Reports on military cantonments and civil stations in the Presidency of Bombay inspected by the Sanitary Commissioner in the years 1875 and 1876
Year: 1875
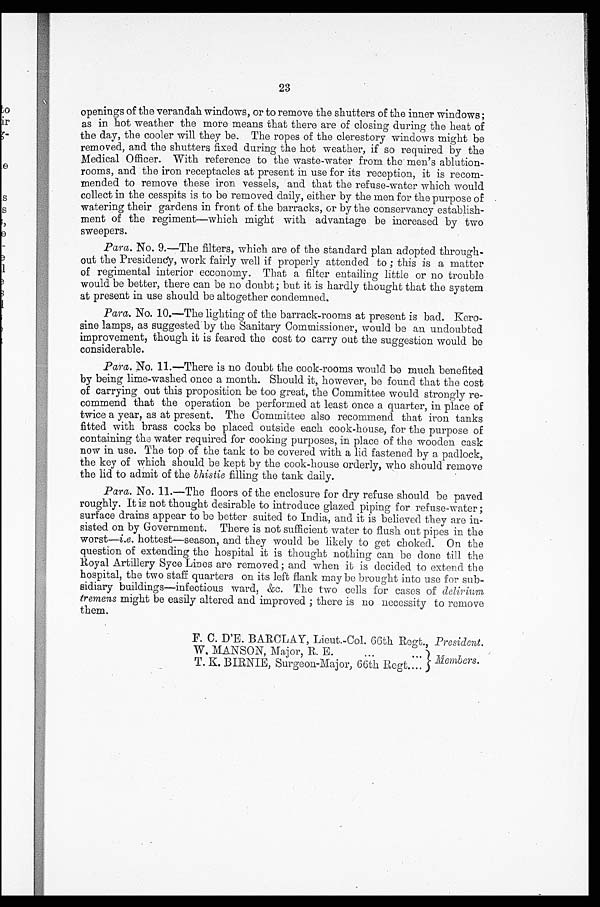
23
openings of the verandah windows, or to remove the shutters of the inner windows ;
as in hot weather the more means that there are of closing during the heat of
the day, the cooler will they be. The ropes of the clerestory windows might be
removed, and the shutters fixed during the hot weather, if so required by the
Medical Officer. With reference to the waste-water from the men's ablution-
rooms, and the iron receptacles at present in use for its reception, it is recom-
mended to remove these iron vessels, and that the refuse-water which would
collect in the cesspits is to be removed daily, either by the men for the purpose of
watering their gardens in front of. the barracks, or by the conservancy establish-
ment of the regiment—which might with advantage be increased by two
sweepers.
Para. No. 9.—The filters, which are of the standard plan adopted through-
out the Presidency, work fairly well if properly attended to ; this is a matter
of regimental interior ecconomy. That a filter entailing little or no trouble
would be better, there can be no doubt ; but it is hardly thought that the system
at present in use should be altogether condemned.
Para. No. 10.—The lighting of the barrack-rooms at present is bad. Kero-
sine lamps, as suggested by the Sanitary Commissioner, would be an undoubted
improvement, though it is feared the cost to carry out the suggestion would be
considerable.
Para. 11.—There is no doubt the cook-rooms would be much benefited
by being lime-washed once a month. Should it, however, be found that the cost
of carrying out this proposition be too great, the Committee would strongly re-
commend that the operation be performed at least once a quarter, in place of
twice a year, as at present. The Committee also recommend. that iron tanks
fitted with brass cocks be placed outside each cook-house, for the purpose of
containing the water required for cooking purposes, in place of the wooden cask
now in use. The top of the tank to be covered with a lid fastened by a padlock,
the key of which should be kept by the cook-house orderly, who should remove
the lid to admit of the bhistie filling the tank daily.
Para. No. 11.—The floors of the enclosure for dry refuse should be paved
roughly. It is not thought desirable to introduce glazed piping for refuse-water ;
surface drains appear to be better suited to India, and it is believed they are in-
sisted. on by Government. There is not sufficient water to flush out pipes in the
worst—i.e. hottest—season, and they would be likely to get choked. On the
question of extending the hospital it is thought nothing can be done till the
Royal Artillery Syce Lines are removed ; and when it is decided to extend the
hospital, the two staff quarters on its left flank may be brought into use for sub-
sidiary buildings—infectious ward, &c. The two cells for cases of delirium
tremens might be easily altered and improved ; there is no necessity to remove
them.
F. C. D'E. BA.RCLAY, Lieut.-Col. 66th Regt., President.
W, MANSON, Major, R. E.
Members.
T. K. BIRNIE, Surgeon-Major, 66th Regt